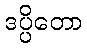
ဒပ္ပိတော